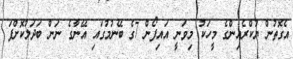
އެގޮތުން ޔުކްރެއިންގެ މީހަކު މިވަނީ އައިފޯން 7ގެ ބޭނުމުގައި އޭނާގެ ނަން ބަދަލުކޮށްފަ